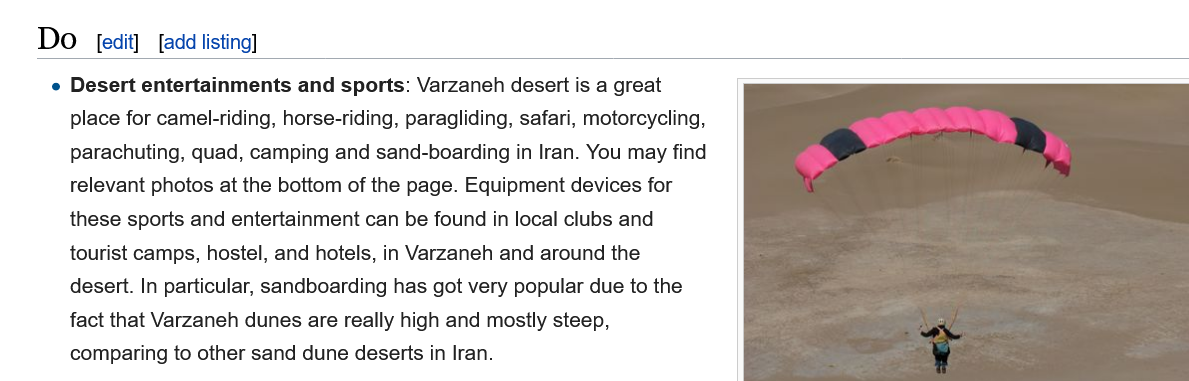
e Desert entertainments   and sports: Varzaneh  desert is a great
     place for camel-riding, horse-riding, paragliding, safari, motorcycling,
     parachuting, quad, camping  and sand-boarding in Iran. You may find
     relevant photos at the bottom of the page. Equipment devices for
     these sports and entertainment can be found in local clubs and
     tourist camps, hostel, and hotels, in Varzaneh and around the
     desert. In particular, sandboarding has got very popular due to the
     fact that Varzaneh dunes are really high and mostly steep,
     comparing  to other sand dune deserts in Iran.
     [edit] [add listing]